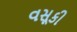
વસૂકી